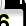
Digit: 6